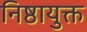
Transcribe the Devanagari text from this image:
निष्ठायुक्त